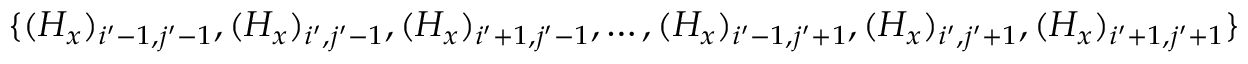
\{ ( H _ { x } ) _ { i ^ { \prime } - 1 , j ^ { \prime } - 1 } , ( H _ { x } ) _ { i ^ { \prime } , j ^ { \prime } - 1 } , ( H _ { x } ) _ { i ^ { \prime } + 1 , j ^ { \prime } - 1 } , \ldots , ( H _ { x } ) _ { i ^ { \prime } - 1 , j ^ { \prime } + 1 } , ( H _ { x } ) _ { i ^ { \prime } , j ^ { \prime } + 1 } , ( H _ { x } ) _ { i ^ { \prime } + 1 , j ^ { \prime } + 1 } \}